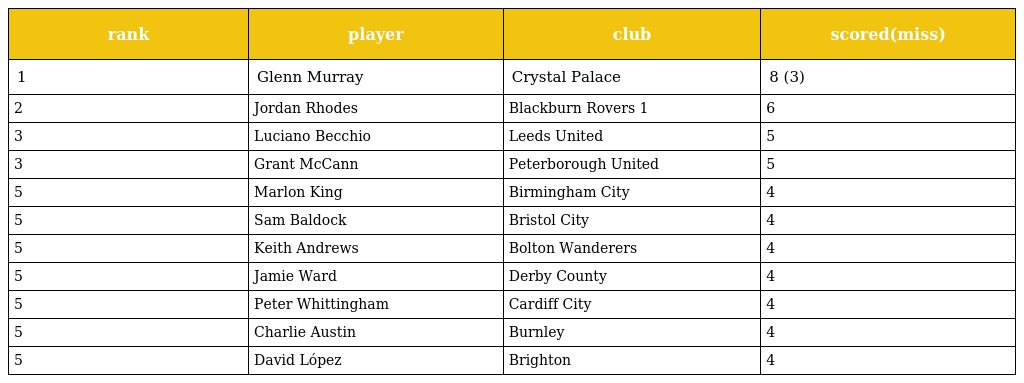
| rank | player | club | scored(miss) |
 | --- | --- | --- | --- |
 | 1 | Glenn Murray | Crystal Palace | 8 (3) |
 | 2 | Jordan Rhodes | Blackburn Rovers 1 | 6 |
 | 3 | Luciano Becchio | Leeds United | 5 |
 | 3 | Grant McCann | Peterborough United | 5 |
 | 5 | Marlon King | Birmingham City | 4 |
 | 5 | Sam Baldock | Bristol City | 4 |
 | 5 | Keith Andrews | Bolton Wanderers | 4 |
 | 5 | Jamie Ward | Derby County | 4 |
 | 5 | Peter Whittingham | Cardiff City | 4 |
 | 5 | Charlie Austin | Burnley | 4 |
 | 5 | David López | Brighton | 4 |